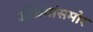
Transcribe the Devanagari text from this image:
डोळयांसमोर